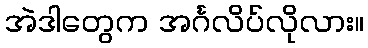
အဲဒါတွေက အင်္ဂလိပ်လိုလား။